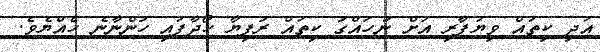
އަދި ކިތައް ވިޔަފާރި އަށް ނުހައްގު ކިތައް ރުފިޔާ ހޯދާފައި ހުންނާނެ ހެއްޔެވެ.